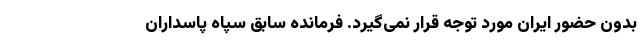
بدون حضور ایران مورد توجه قرار نمی‌گیرد. فرمانده سابق سپاه پاسداران